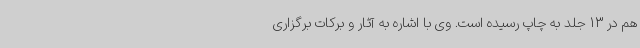
هم در 13 جلد به چاپ رسیده است. وی با اشاره به آثار و برکات برگزاری